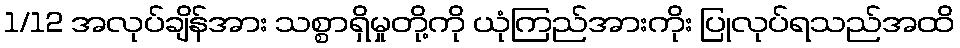
1/12 အလုပ်ချိန်အား သစ္စာရှိမှုတို့ကို ယုံကြည်အားကိုး ပြုလုပ်ရသည်အထိ